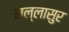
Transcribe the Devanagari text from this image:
मल्लासुर